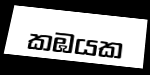
කඹයක